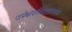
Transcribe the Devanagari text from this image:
परमेश्वरशक्तिपातमन्तरेण